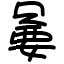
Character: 嘦